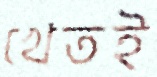
খেতই